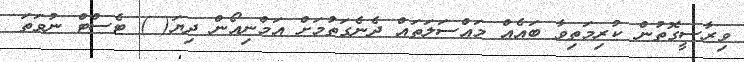
ވިރާސީގޮތުން ކުރިމަތިވާ ބައެއް މައްސަލަތައް ދެނެގަތުމަށް އަމްނިއޯން ދިޔަ( ) ޓެސްޓް ނުވަތަ